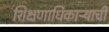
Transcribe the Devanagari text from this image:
शिक्षणाधिकाऱ्याची